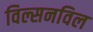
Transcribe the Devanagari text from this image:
विल्सनविल